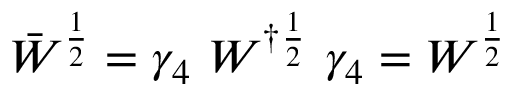
\bar { W } ^ { \frac { 1 } { 2 } } = \gamma _ { 4 } ~ W ^ { \dag \frac { 1 } { 2 } } ~ \gamma _ { 4 } = W ^ { \frac { 1 } { 2 } }